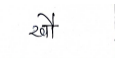
मजकूर: खौ